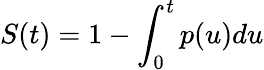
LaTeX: S(t)=1-\int_{0}^{t}p(u)du